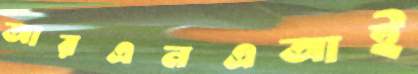
আরএনএআই